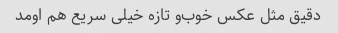
دقیق مثل عکس خوب‌و تازه خیلی سریع هم اومد